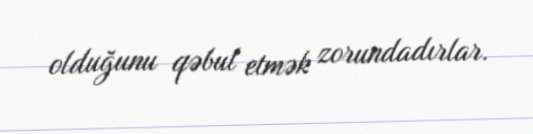
olduğunu qəbul etmək zorundadırlar.